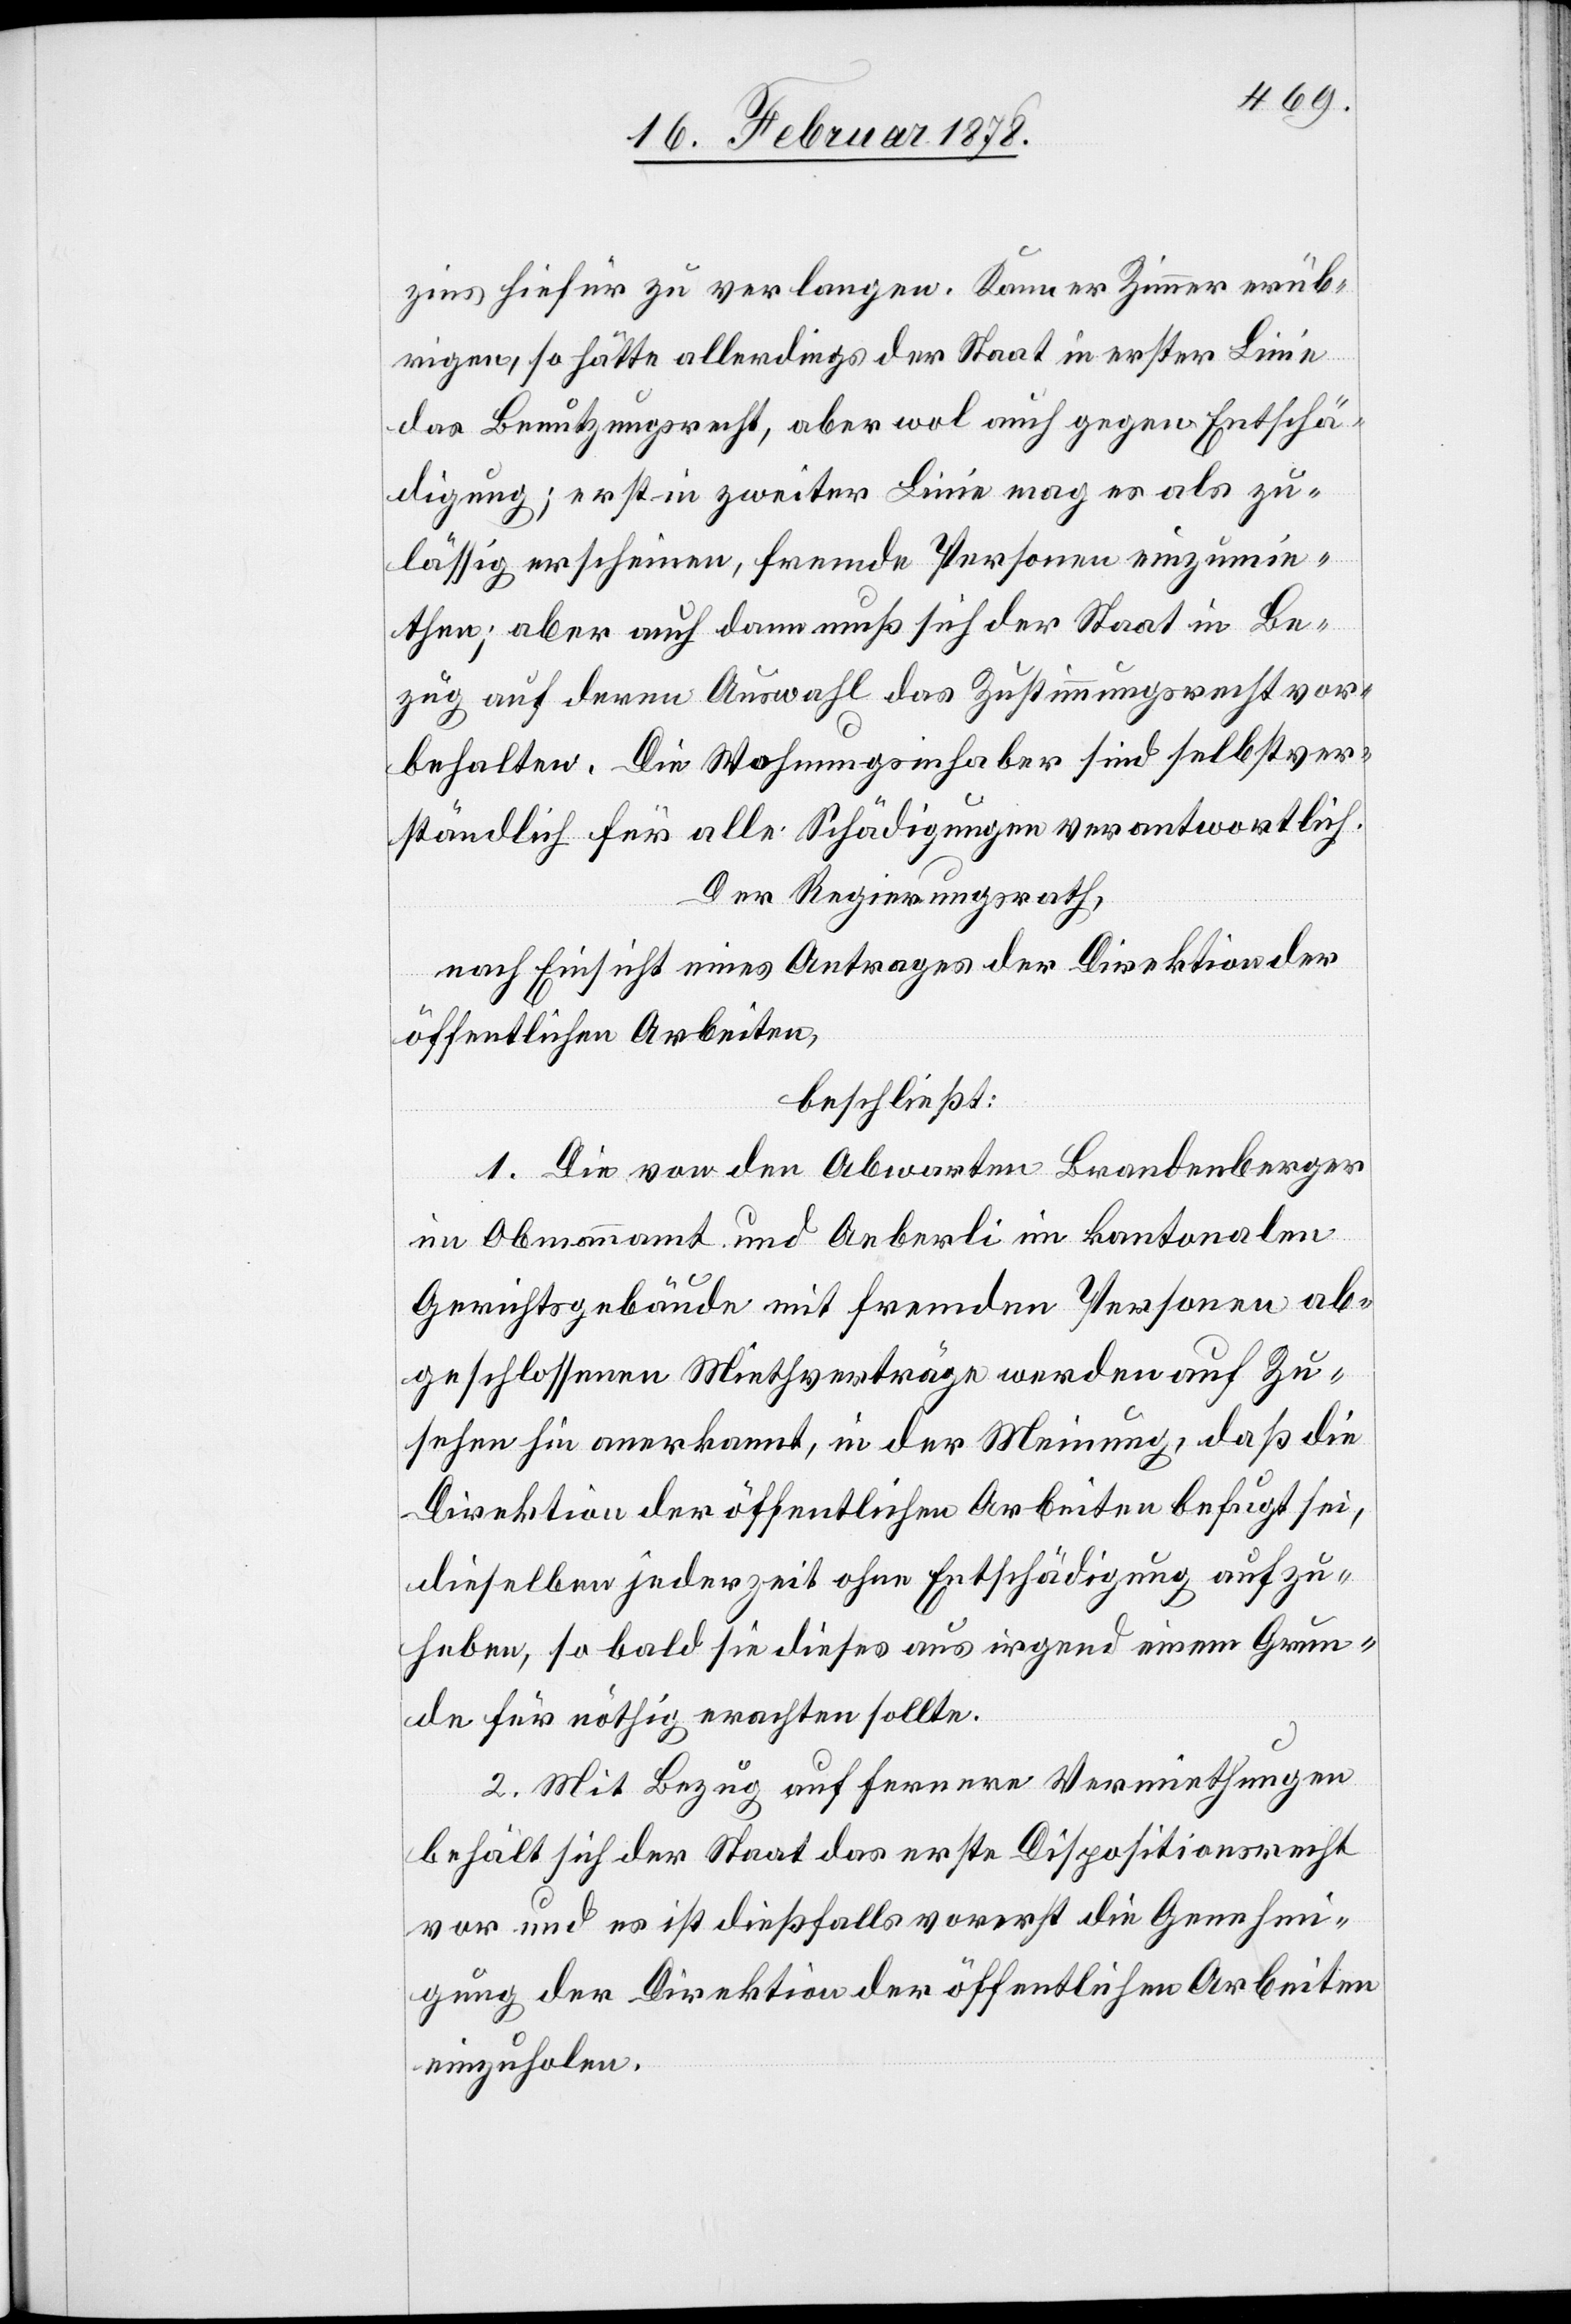
zins hiefür zu verlangen. Kann er Zimmer erüb¬
rigen, so hätte allerdings der Staat in erster Linie
das Benutzungsrecht, aber wol auch gegen Entschä¬
digung; erst in zweiter Linie mag es als zu¬
lässig erscheinen, fremde Personen einzumie¬
then; aber auch dann muß sich der Staat in Be¬
zug auf deren Auswahl das Zustimmungsrecht vor¬
behalten. Die Wohnungsinhaber sind selbstver¬
ständlich für alle Schädigungen verantwortlich.
Der Regierungsrath,
nach Einsicht eines Antrages der Direktion der
öffentlichen Arbeiten,
beschließt:
1. Die von den Abwarten Brandenberger
im Obmannamt und Aeberli im kantonalen
Gerichtsgebäude mit fremden Personen ab¬
geschlossene Miethverträge werden auf Zu¬
sehen hin anerkannt, in der Meinung, daß die
Direktion der öffentlichen Arbeiten befugt sei,
dieselben jederzeit ohne Entschädigung aufzu¬
heben, so bald sie dieses aus irgend einem Grun¬
de für nöthig erachten sollte.
2. Mit Bezug auf fernere Vermiethungen
behält sich der Staat das erste Dispositionsrecht
vor und es ist dießfalls vorerst die Genehmi¬
gung der Direktion der öffentlichen Arbeiten
einzuholen.